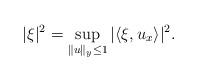
LaTeX: \begin{align*} \vert \xi\vert^2= \sup_{\Vert u\Vert_y\leq 1} |\langle \xi, u_{x}\rangle |^2.\end{align*}